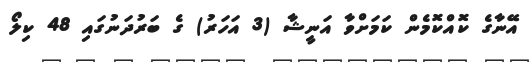
އޭނާގެ ކޮއްކޮމެން ކަމަށްވާ އަނީޝާ (3 އަހަރު) ގެ ބަރުދަނުގައި 48 ކިލޯ